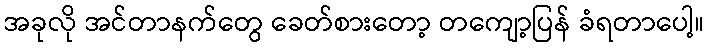
အခုလို အင်တာနက်တွေ ခေတ်စားတော့ တကျော့ပြန် ခံရတာပေါ့။